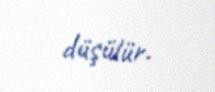
düşülür.